Annual administration report of the Civil Veterinary Department of India - 1899-1900
Year: 1899
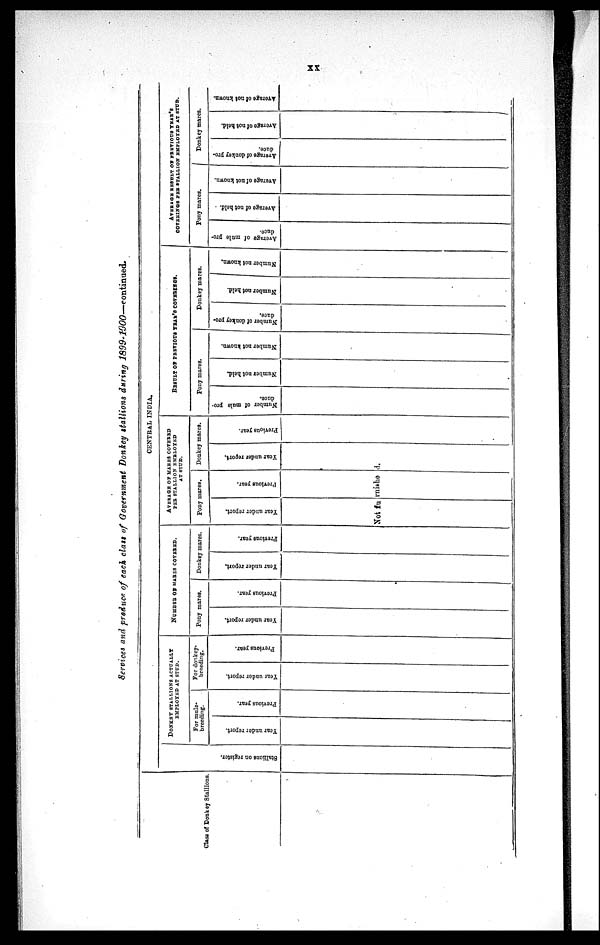
xx
Services and produce of each class of Government Donkey stallions during
1899-1900—continued.
Class of Donkey Stallions.
CENTRAL INDIA.
Stallions on register.
DONKEY
STALLIONS ACTUALLY
EMPLOYED AT STUD.
For mule-
breeding.
Year under report.
Previous year.
For donkey-
breeding.
Year under report.
Previous year.
NUMBER OF MARES COVERED.
Pony mares.
Year under report.
Previous year.
Donkey mares.
Year under report.
Previous year.
AVERAGE OF MARES COVERED
PEE STALLION EMPLOYED
AT STUD.
Pony mares.
Year under report.
Previous year.
Donkey mares.
Year under report.
Not fu rnishe d.
Previous year.
RESULT OF PREVIOUS YEAR'S COVERINGS.
Pony mares
Number of mule pro-
duce.
Number not held.
Number not known.
Donkey mares.
Number of donkey pro-
duce.
Number not held.
Number not known.
AVERAGE RESULT OF PREVIOUS YEAR'S
COVERINGS PER STALLION EMPLOYED AT STUD.
Pony mares.
Average of mule pro-
duce.
Average of not held. .
Average of not known.
Donkey marcs.
Average of donkey pro-
duce.
Average of not held.
Average of not known.